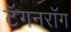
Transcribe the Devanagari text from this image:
टॅगनरॉग